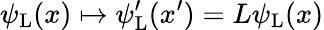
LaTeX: \psi_{\mathrm{{L}}}(x)\mapsto\psi_{\mathrm{{L}}}^{\prime}(x^{\prime})=L\psi_{\mathrm{{L}}}(x)